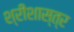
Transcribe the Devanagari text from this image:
श्रीशास्त्र